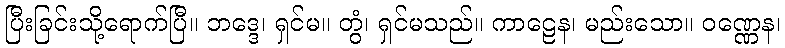
ပြီးခြင်းသို့ရောက်ပြီ။ ဘဒ္ဒေ၊ ရှင်မ။ တွံ၊ ရှင်မသည်။ ကာဠေန၊ မည်းသော။ ဝဏ္ဏေန၊